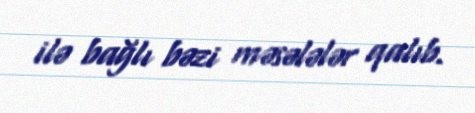
ilə bağlı bəzi məsələlər qalıb.